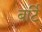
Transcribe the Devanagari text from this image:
बर्टि